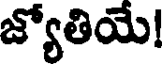
జ్యోతియే!